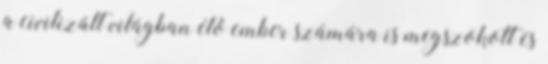
a civilizált világban élő ember számára is megszokott és